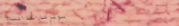
سوبرماركت السلام